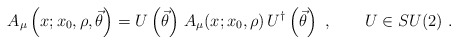
\begin{align*}A_\mu \left( x; x_0, \rho, \vec\theta \right)= U \left( \vec\theta \right) \, A_\mu(x; x_0,\rho)\,U^\dagger \left( \vec\theta \right) \ ,\qquad U \in SU(2) \ .\end{align*}